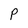
Character: P